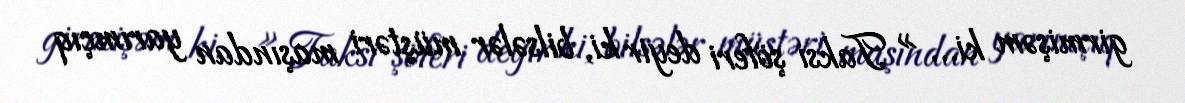
girmişəm ki… » Taksi şöferi deyir ki, bilsələr müştəri maşından yarımçıq